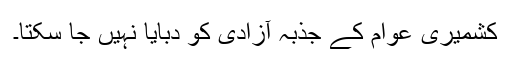
کشمیری عوام کے جذبہ آزادی کو دبایا نہیں جا سکتا۔